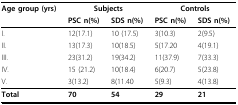
<table><thead><tr><td><b>Age group (yrs)</b></td><td colspan="2"><b>Subjects</b></td><td colspan="2"><b>Controls</b></td></tr><tr><td></td><td><b>PSC n(%)</b></td><td><b>SDS n(%)</b></td><td><b>PSC n(%)</b></td><td><b>SDS n(%)</b></td></tr></thead><tbody><tr><td>I.</td><td>12(17.1)</td><td>10 (17.5)</td><td>3(10.3)</td><td>2(9.5)</td></tr><tr><td>II.</td><td>13(17.3)</td><td>10(18.5)</td><td>5(17.20</td><td>4(19.1)</td></tr><tr><td>III.</td><td>23(31.2)</td><td>19(34.2)</td><td>11(37.9)</td><td>7(33.3)</td></tr><tr><td>IV.</td><td>15 (21.2)</td><td>10(18.4)</td><td>6(20.7)</td><td>5(23.8)</td></tr><tr><td>V.</td><td>3(13.2)</td><td>8(11.40</td><td>5(9.3)</td><td>4(13.8)</td></tr><tr><td><b>Total</b></td><td><b>70</b></td><td><b>54</b></td><td><b>29</b></td><td><b>21</b></td></tr></tbody></table>